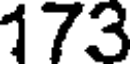
173